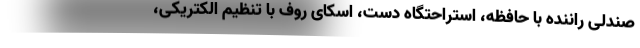
صندلی راننده با حافظه، استراحتگاه دست، اسکای روف با تنظیم الکتریکی،